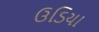
ઉડિયા